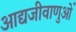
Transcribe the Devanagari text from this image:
आद्यजीवाणुओं